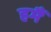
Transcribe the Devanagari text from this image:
हमैं